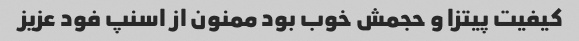
کیفیت پیتزا و حجمش خوب بود ممنون از اسنپ فود عزیز